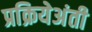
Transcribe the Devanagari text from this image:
प्रक्रियेअंती